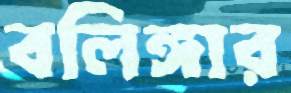
বলিঙ্গার